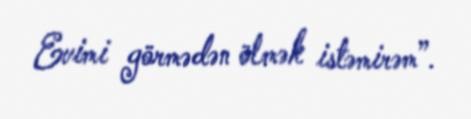
Evimi görmədən ölmək istəmirəm”.